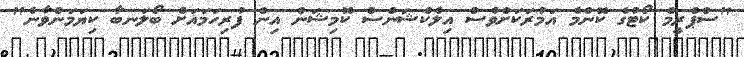
"ސްޕްރީމް ކޯޓުގެ ކޮންމެ އަމުރަކަށްވެސް އިލެކްޝަންސް ކޮމިޝަން އިން ފުރިހަމައަށް ބޯލަނބާ ކިޔަމަންވާނެ"